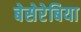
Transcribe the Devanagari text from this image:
बेसेरेबिया